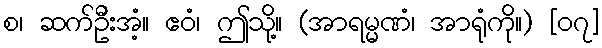
စ၊ ဆက်ဦးအံ့။ ဧဝံ၊ ဤသို့။ (အာရမ္မဏံ၊ အာရုံကို။) [၀၇]